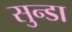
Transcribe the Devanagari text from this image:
सुन्डा